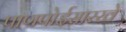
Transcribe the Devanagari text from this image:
पाणपोईसारखे